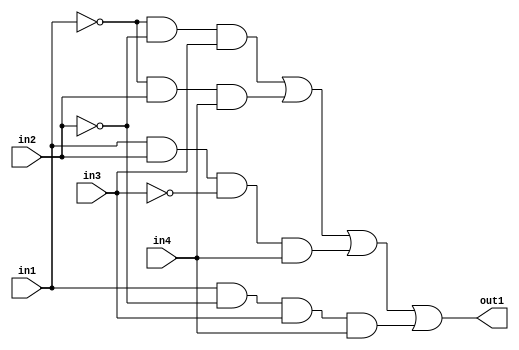
`timescale 1ns / 1ps

module part2 (in1,in2,in3,in4,out1);
    input in1, in2, in3, in4;
    output out1;//Define inputs and output
    reg out1;
    
    always @(in1 or in2 or in3 or in4)
    begin
        //Assign out1 to the logical function
        out1 = (!(in1) && !(in2) && in3) || (!(in1) && in2 && in4) || (in1 && in2 && !(in3) && in4) || (in1 && !(in2) && in3 && in4);
    end
    
endmodule